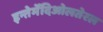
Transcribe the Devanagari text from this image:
इन्तेर्मेदिओलतेरल